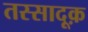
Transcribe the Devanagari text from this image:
तस्सादूक़